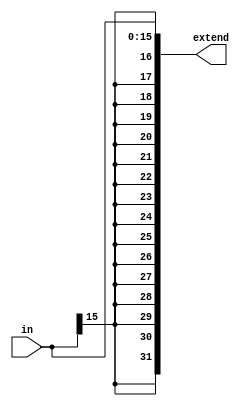
`timescale 1ns / 1ps
//////////////////////////////////////////////////////////////////////////////////
// Company: 
// Engineer: 
// 
// Design Name: 
// Module Name: signextend
// Project Name: 
// Target Devices: 
// Tool Versions: 
// Description: 
// 
// Dependencies: 
// 
// Revision:
// Revision 0.01 - File Created
// Additional Comments:
// 
//////////////////////////////////////////////////////////////////////////////////


module signextend(
    input [15:0] in,
    output [31:0] extend
    );
    
    assign extend = {{16{in[15]}}, in};
    
endmodule